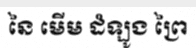
នៃ មើម ដំឡូង ព្រៃ